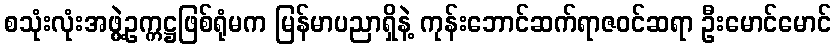
စသုံးလုံးအဖွဲ့ဥက္ကဋ္ဌဖြစ်ရုံမက မြန်မာပညာရှိနဲ့ ကုန်းဘောင်ဆက်ရာဇဝင်ဆရာ ဦးမောင်မောင်